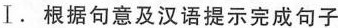
Ⅰ.根据句意及汉语提示完成句子